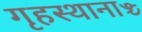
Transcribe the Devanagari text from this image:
गृहस्थानाञ्च